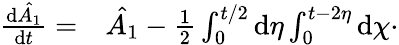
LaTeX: \begin{array}{rl}{\frac{\mathrm{d}\hat{A_{1}}}{\mathrm{d}t}=}&{{}\hat{A_{1}}-\frac{1}{2}\int_{0}^{t/2}\mathrm{d}\eta\int_{0}^{t-2\eta}\mathrm{d}\chi\cdot}\end{array}